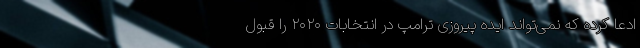
ادعا کرده که نمی‌تواند ایده پیروزی ترامپ در انتخابات ۲۰۲۰ را قبول